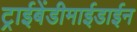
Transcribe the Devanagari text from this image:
ट्राईबेंडीमाईडाईन